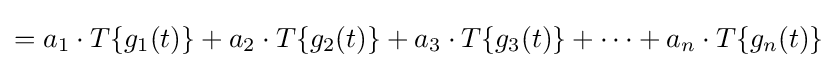
=a_{1}\cdot T\{g_{1}(t)\}+a_{2}\cdot T\{g_{2}(t)\}+a_{3}\cdot T\{g_{3}(t)\}+\dots +a_{n}\cdot T\{g_{n}(t)\}